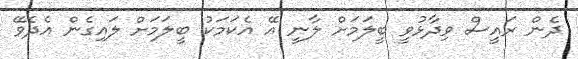
ދެން ރައީސް ވިދާޅުވީ ބީލަމަށް ލާނީ އޭ އެކަމަކު ބީލަމަށް ލައިގެން އެދެވޭ